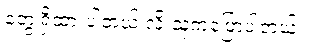
တွေ့ရှိထားပါတယ် လို့ သူကပြောပါတယ်။